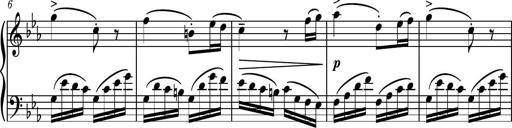
Title: Piano Sonatina No.5
Composer: Dimitri Sykias
Key: C minor